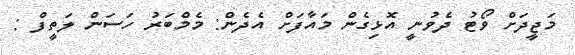
މަޖީދަށް ވޯޓު ދެވުނީ އޮޅިގެން މައާފަށް އެދެން: މެމްބަރު ހަސަން ލަތީފް :